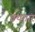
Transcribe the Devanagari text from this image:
ग्रंथगार